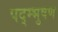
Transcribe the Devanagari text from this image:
पद्म्भुषण